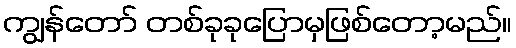
ကျွန်တော် တစ်ခုခုပြောမှဖြစ်တော့မည်။